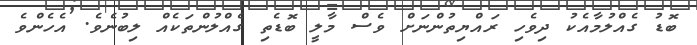
ބޮޑު ގެއްލުމާއެކު ދިވެހި ރައްޔިތުންނަށް ވެސް މާލީ ބޮޑެތި ގެއްލުންތަކެއް ލިބުނެވެ. އެހެންވެ